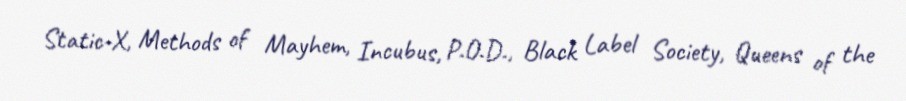
Static-X, Methods of Mayhem, Incubus, P.O.D., Black Label Society, Queens of the